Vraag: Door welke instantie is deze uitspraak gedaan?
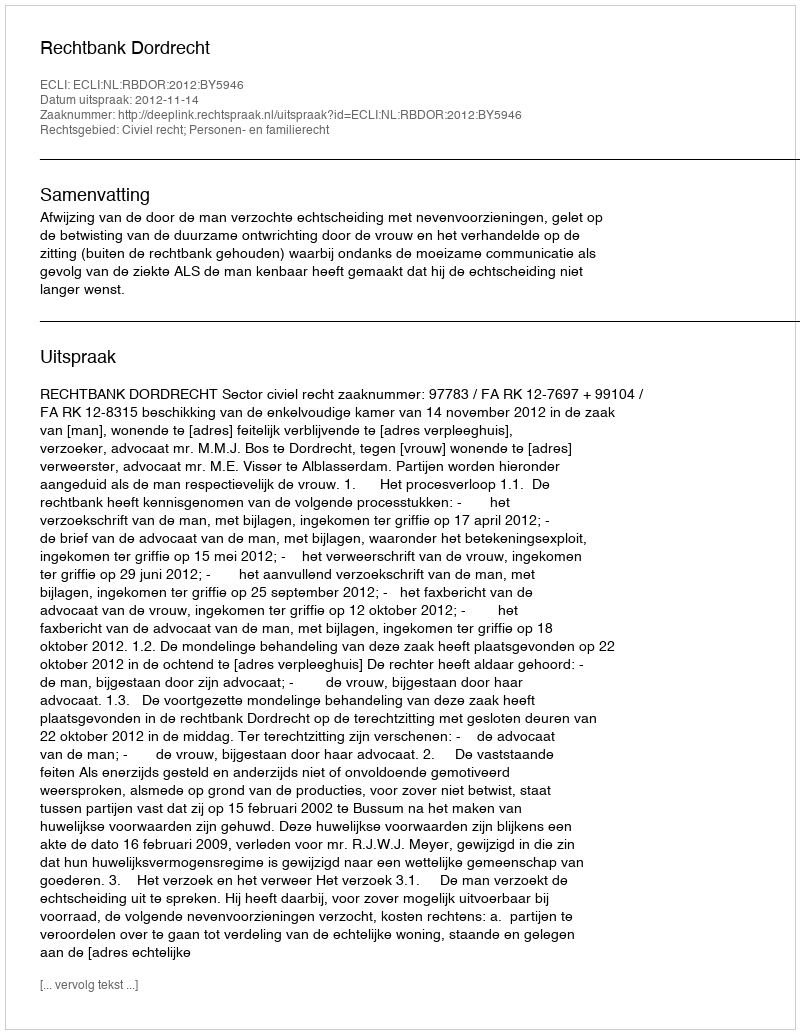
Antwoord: Rechtbank Dordrecht